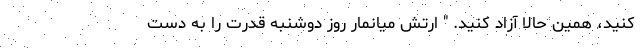
کنید، همین حالا آزاد کنید. " ارتش میانمار روز دوشنبه قدرت را به دست